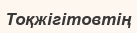
Тоқжігітовтің